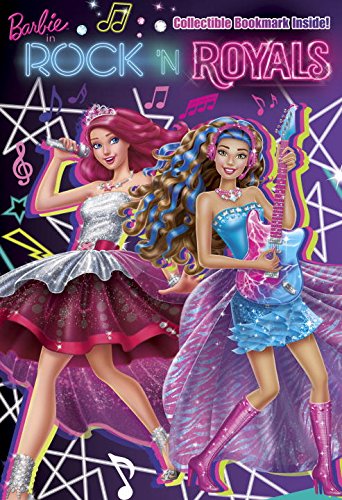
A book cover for Barbie in Rock 'n Royals: The Chapter Book (Barbie in Rock 'n Royals); Molly McGuire Woods; Children's Books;